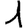
Digit: 1